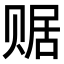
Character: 𧹕